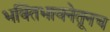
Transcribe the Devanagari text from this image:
भक्तिभावनेतूनच